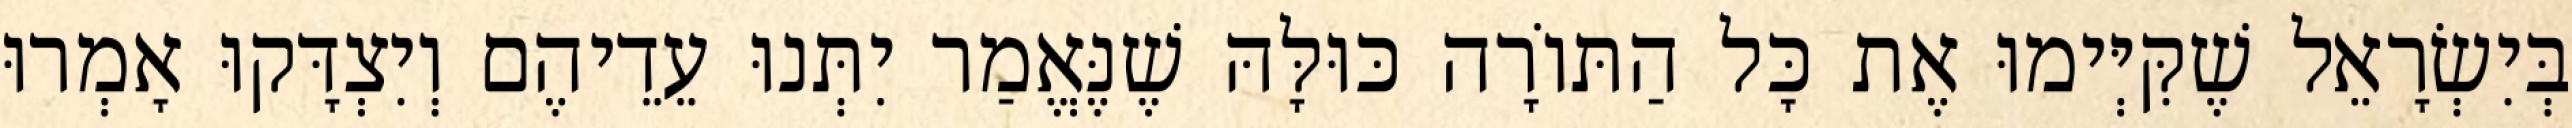
בְּיִשְׂרָאֵל שֶׁקִּיְּימוּ אֶת כָּל הַתּוֹרָה כּוּלָּהּ שֶׁנֶּאֱמַר יִתְּנוּ עֵדֵיהֶם וְיִצְדָּקוּ אָמְרוּ